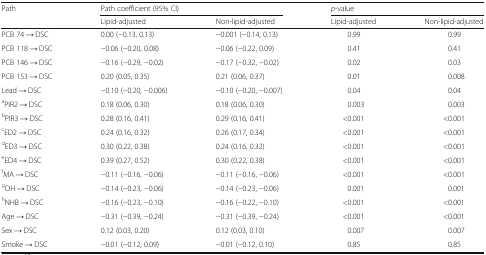
<table><thead><tr><td><b>Path</b></td><td colspan="2"><b>Path coefficient (95% CI)</b></td><td colspan="2"><b><i>p</i>-value</b></td></tr><tr><td></td><td><b>Lipid-adjusted</b></td><td><b>Non-lipid-adjusted</b></td><td><b>Lipid-adjusted</b></td><td><b>Non-lipid-adjusted</b></td></tr></thead><tbody><tr><td>PCB 74 → DSC</td><td>0.00 (−0.13, 0.13)</td><td>−0.001 (−0.14, 0.13)</td><td>0.99</td><td>0.99</td></tr><tr><td>PCB 118 → DSC</td><td>−0.06 (−0.20, 0.08)</td><td>−0.06 (−0.22, 0.09)</td><td>0.41</td><td>0.41</td></tr><tr><td>PCB 146 → DSC</td><td>−0.16 (−0.29, −0.02)</td><td>−0.17 (−0.32, −0.02)</td><td>0.02</td><td>0.03</td></tr><tr><td>PCB 153 → DSC</td><td>0.20 (0.05, 0.35)</td><td>0.21 (0.06, 0.37)</td><td>0.01</td><td>0.008</td></tr><tr><td>Lead → DSC</td><td>−0.10 (−0.20, −0.006)</td><td>−0.10 (−0.20, −0.007)</td><td>0.04</td><td>0.04</td></tr><tr><td><sup>a</sup>PIR2 → DSC</td><td>0.18 (0.06, 0.30)</td><td>0.18 (0.06, 0.30)</td><td>0.003</td><td>0.003</td></tr><tr><td><sup>b</sup>PIR3 → DSC</td><td>0.28 (0.16, 0.41)</td><td>0.29 (0.16, 0.41)</td><td>&lt;0.001</td><td>&lt;0.001</td></tr><tr><td><sup>c</sup>ED2 → DSC</td><td>0.24 (0.16, 0.32)</td><td>0.26 (0.17, 0.34)</td><td>&lt;0.001</td><td>&lt;0.001</td></tr><tr><td><sup>d</sup>ED3 → DSC</td><td>0.30 (0.22, 0.38)</td><td>0.24 (0.16, 0.32)</td><td>&lt;0.001</td><td>&lt;0.001</td></tr><tr><td><sup>e</sup>ED4 → DSC</td><td>0.39 (0.27, 0.52)</td><td>0.30 (0.22, 0.38)</td><td>&lt;0.001</td><td>&lt;0.001</td></tr><tr><td><sup>f</sup>MA → DSC</td><td>−0.11 (−0.16, −0.06)</td><td>−0.11 (−0.16, −0.06)</td><td>&lt;0.001</td><td>&lt;0.001</td></tr><tr><td><sup>g</sup>OH → DSC</td><td>−0.14 (−0.23, −0.06)</td><td>−0.14 (−0.23, −0.06)</td><td>0.001</td><td>0.001</td></tr><tr><td><sup>h</sup>NHB → DSC</td><td>−0.16 (−0.23, −0.10)</td><td>−0.16 (−0.22, −0.10)</td><td>&lt;0.001</td><td>&lt;0.001</td></tr><tr><td>Age → DSC</td><td>−0.31 (−0.39, −0.24)</td><td>−0.31 (−0.39, −0.24)</td><td>&lt;0.001</td><td>&lt;0.001</td></tr><tr><td>Sex → DSC</td><td>0.12 (0.03, 0.20)</td><td>0.12 (0.03, 0.10)</td><td>0.007</td><td>0.007</td></tr><tr><td>Smoke → DSC</td><td>−0.01 (−0.12, 0.09)</td><td>−0.01 (−0.12, 0.10)</td><td>0.85</td><td>0.85</td></tr></tbody></table>